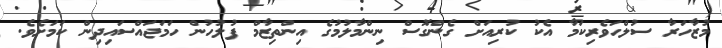
މުޒާހަރާ ސުލްހަވެރިކަމާ އެކު ކުރިއަށް ގެންގޮސް ނިންމާލުމުގެ އިންތިޒާމް ފުލުހުން ހަމަޖައްސައިދިން ކަމަށެވެ.